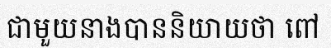
ជាមួយនាងបាននិយាយថា ពៅ